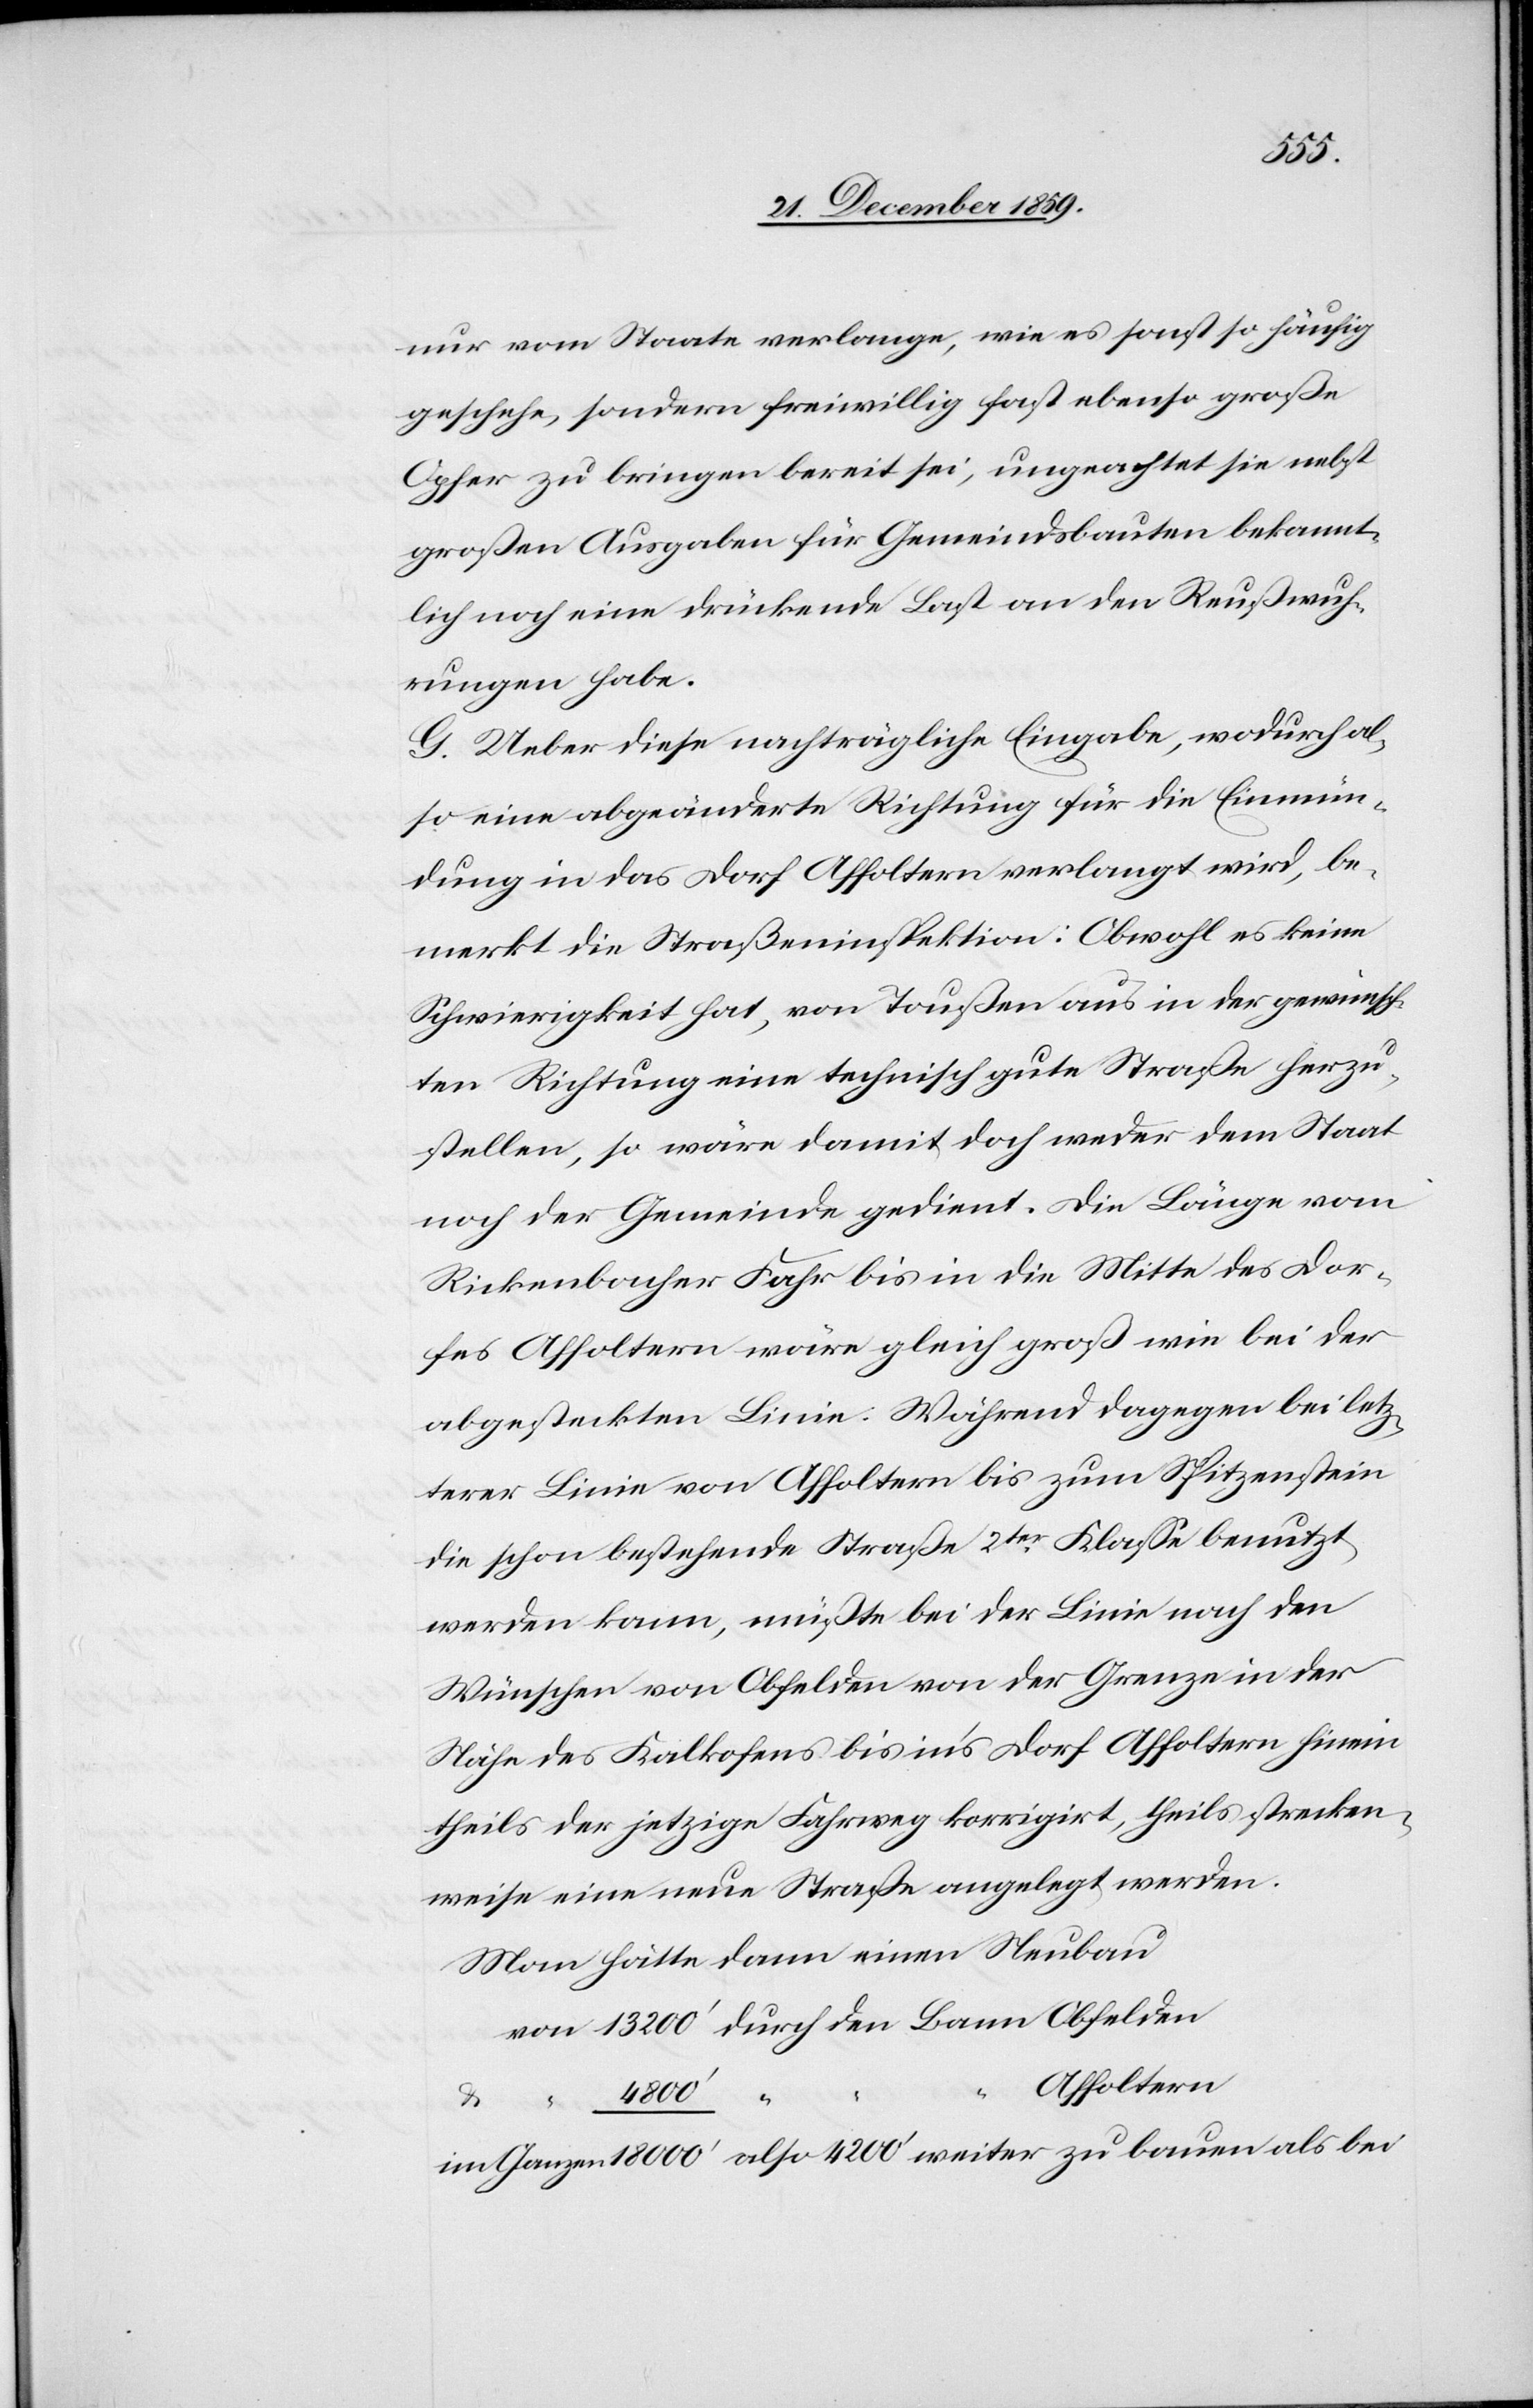
weiter
nur vom Staate verlange, wie es sonst so häufig
geschehe, sondern freiwillig fast ebenso große
Opfer zu bringen bereit sei, ungeachtet sie nebst
großen Ausgaben für Gemeindsbauten bekannt¬
lich noch eine drückende Last an den Reußwuh¬
rungen habe.
G. Ueber diese nachträgliche Eingabe, wodurch al¬
so eine abgeänderte Richtung für die Einmün¬
dung in das Dorf Affoltern verlangt wird, be¬
merkt die Straßeninspektion: Obwohl es keine
Schwierigkeit hat, von Toußen aus in der gewünsch¬
ten Richtung eine technisch gute Straße herzu¬
stellen, so wäre damit doch weder dem Staat
noch der Gemeinde gedient. Die Länge vom
Rickenbacher Fahr bis in die Mitte des Dor¬
fes Affoltern wäre gleich groß wie bei der
abgesteckten Linie. Während dagegen bei letz¬
terer Linie von Affoltern bis zum Spitzenstein
die schon bestehende Straße 2ter Klasse benutzt
werden kann, müßte bei der Linie nach den
Wünschen von Obfelden von der Grenze in der
Nähe des Kalkofens bis in’s Dorf Affoltern hinein
theils der jetzige Fahrweg korrigirt, theils strecken¬
weise eine neue Straße angelegt werden.
Man hätte dann einen Neubau
Affoltern
18
4200’
“